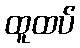
ထူထပ်